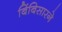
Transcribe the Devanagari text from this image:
बिंबिसारने